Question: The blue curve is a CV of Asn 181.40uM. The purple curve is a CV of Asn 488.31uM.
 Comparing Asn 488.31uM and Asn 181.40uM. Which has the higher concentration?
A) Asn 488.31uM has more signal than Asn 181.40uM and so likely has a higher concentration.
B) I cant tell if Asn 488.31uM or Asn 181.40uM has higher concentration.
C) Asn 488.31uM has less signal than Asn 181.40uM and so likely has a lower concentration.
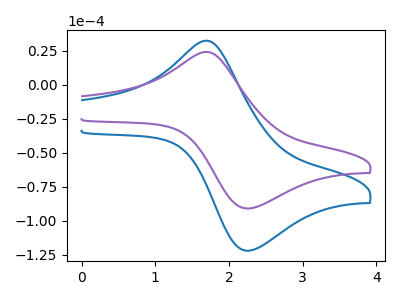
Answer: <think>The blue curve "Asn 181.40uM" has an anodic peak at (1.70V, 32.40uA) and a cathodic peak at (2.25V, -121.90uA). The purple curve "Asn 488.31uM" has an anodic peak at (1.70V, 24.15uA) and a cathodic peak at (2.25V, -90.90uA).
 All the peaks in "Asn 488.31uM" have a peak in "Asn 181.40uM" at the same potential. Every peak in "Asn 488.31uM" is lower than every peak in "Asn 181.40uM".</think>
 <answer>C) "Asn 488.31uM" has less signal than "Asn 181.40uM" and so likely has a lower concentration.</answer>
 <eval>C</eval>